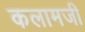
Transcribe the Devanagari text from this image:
कलामजी